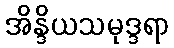
အိန္ဒိယသမုဒ္ဒရာ